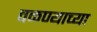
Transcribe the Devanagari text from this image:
वळण्याच्या